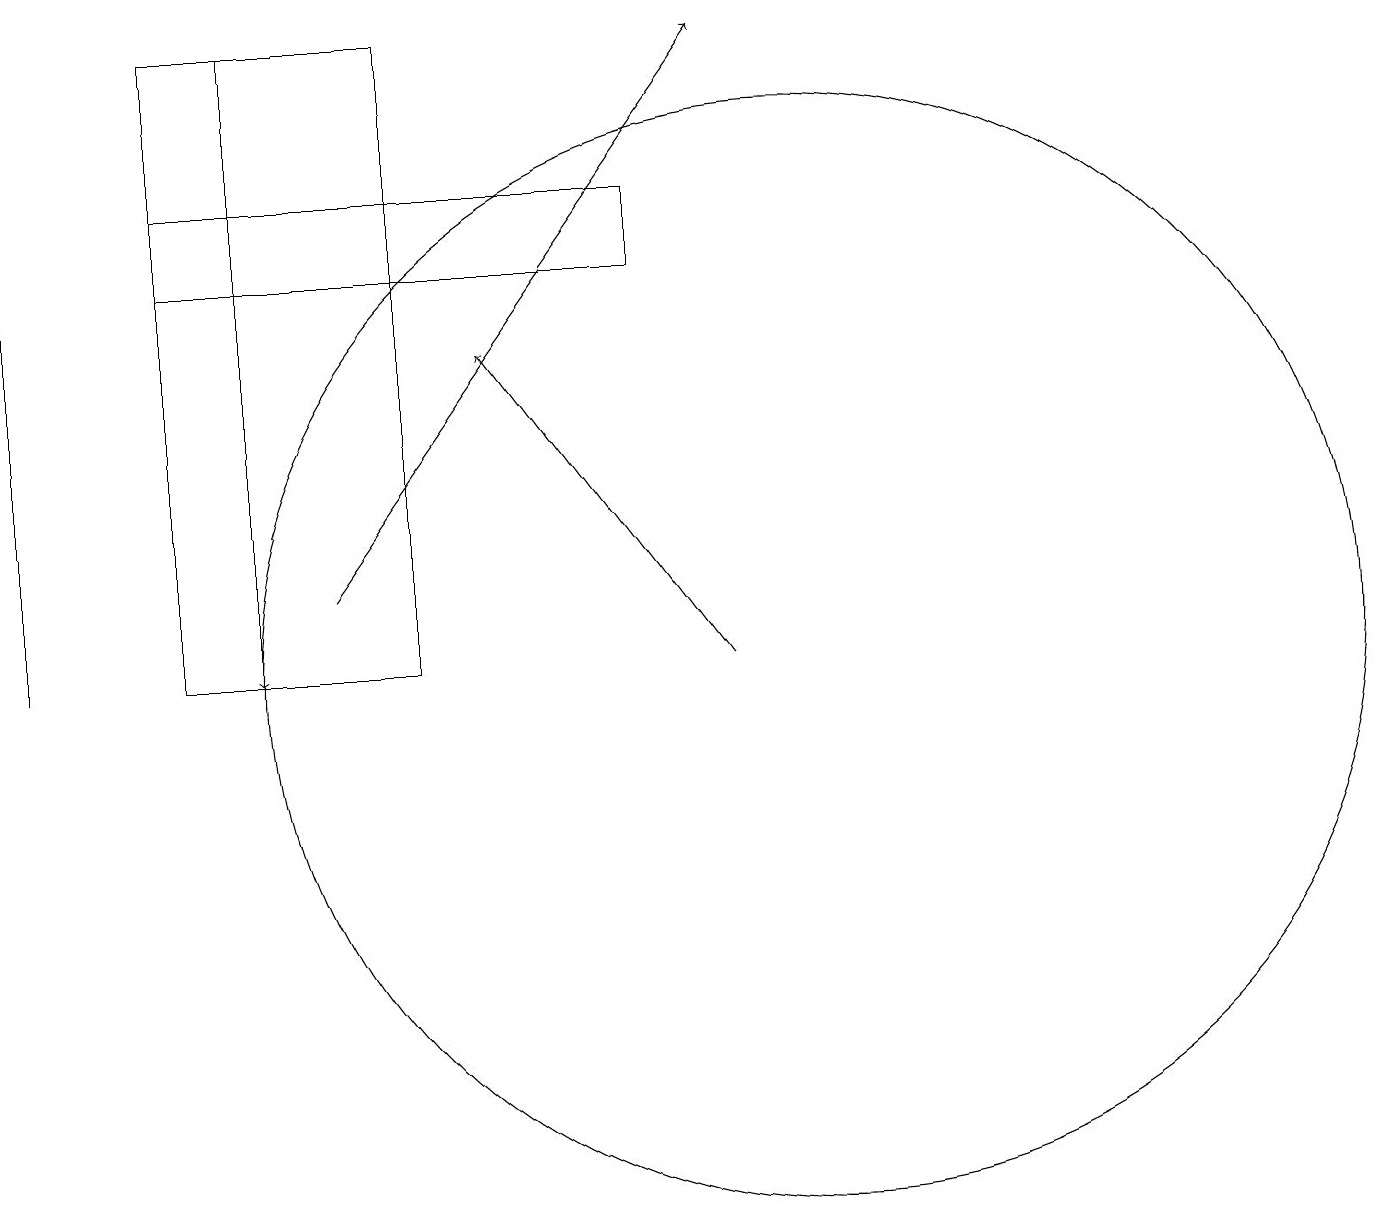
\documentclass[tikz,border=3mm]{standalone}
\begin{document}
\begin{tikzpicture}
\draw[->] (9,10) -- (6,14);
\draw (10,10) circle (7);
\draw (2,15) rectangle (8,16);
\draw (2,10) rectangle (5,18);
\draw[->] (4,11) -- (9,18);
\draw (0,17) rectangle (0,10);
\draw[->] (3,18) -- (3,10);
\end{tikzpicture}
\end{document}